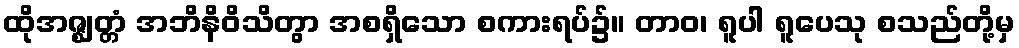
ထိုအဇ္ဈတ္တံ အဘိနိဝိသိတွာ အစရှိသော စကားရပ်၌။ တာဝ၊ ရူပါ ရူပေသု စသည်တို့မှ